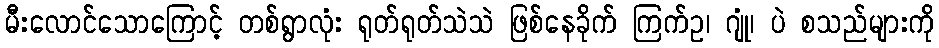
မီးလောင်သောကြောင့် တစ်ရွာလုံး ရုတ်ရုတ်သဲသဲ ဖြစ်နေခိုက် ကြက်ဥ၊ ဂျုံ၊ ပဲ စသည်များကို